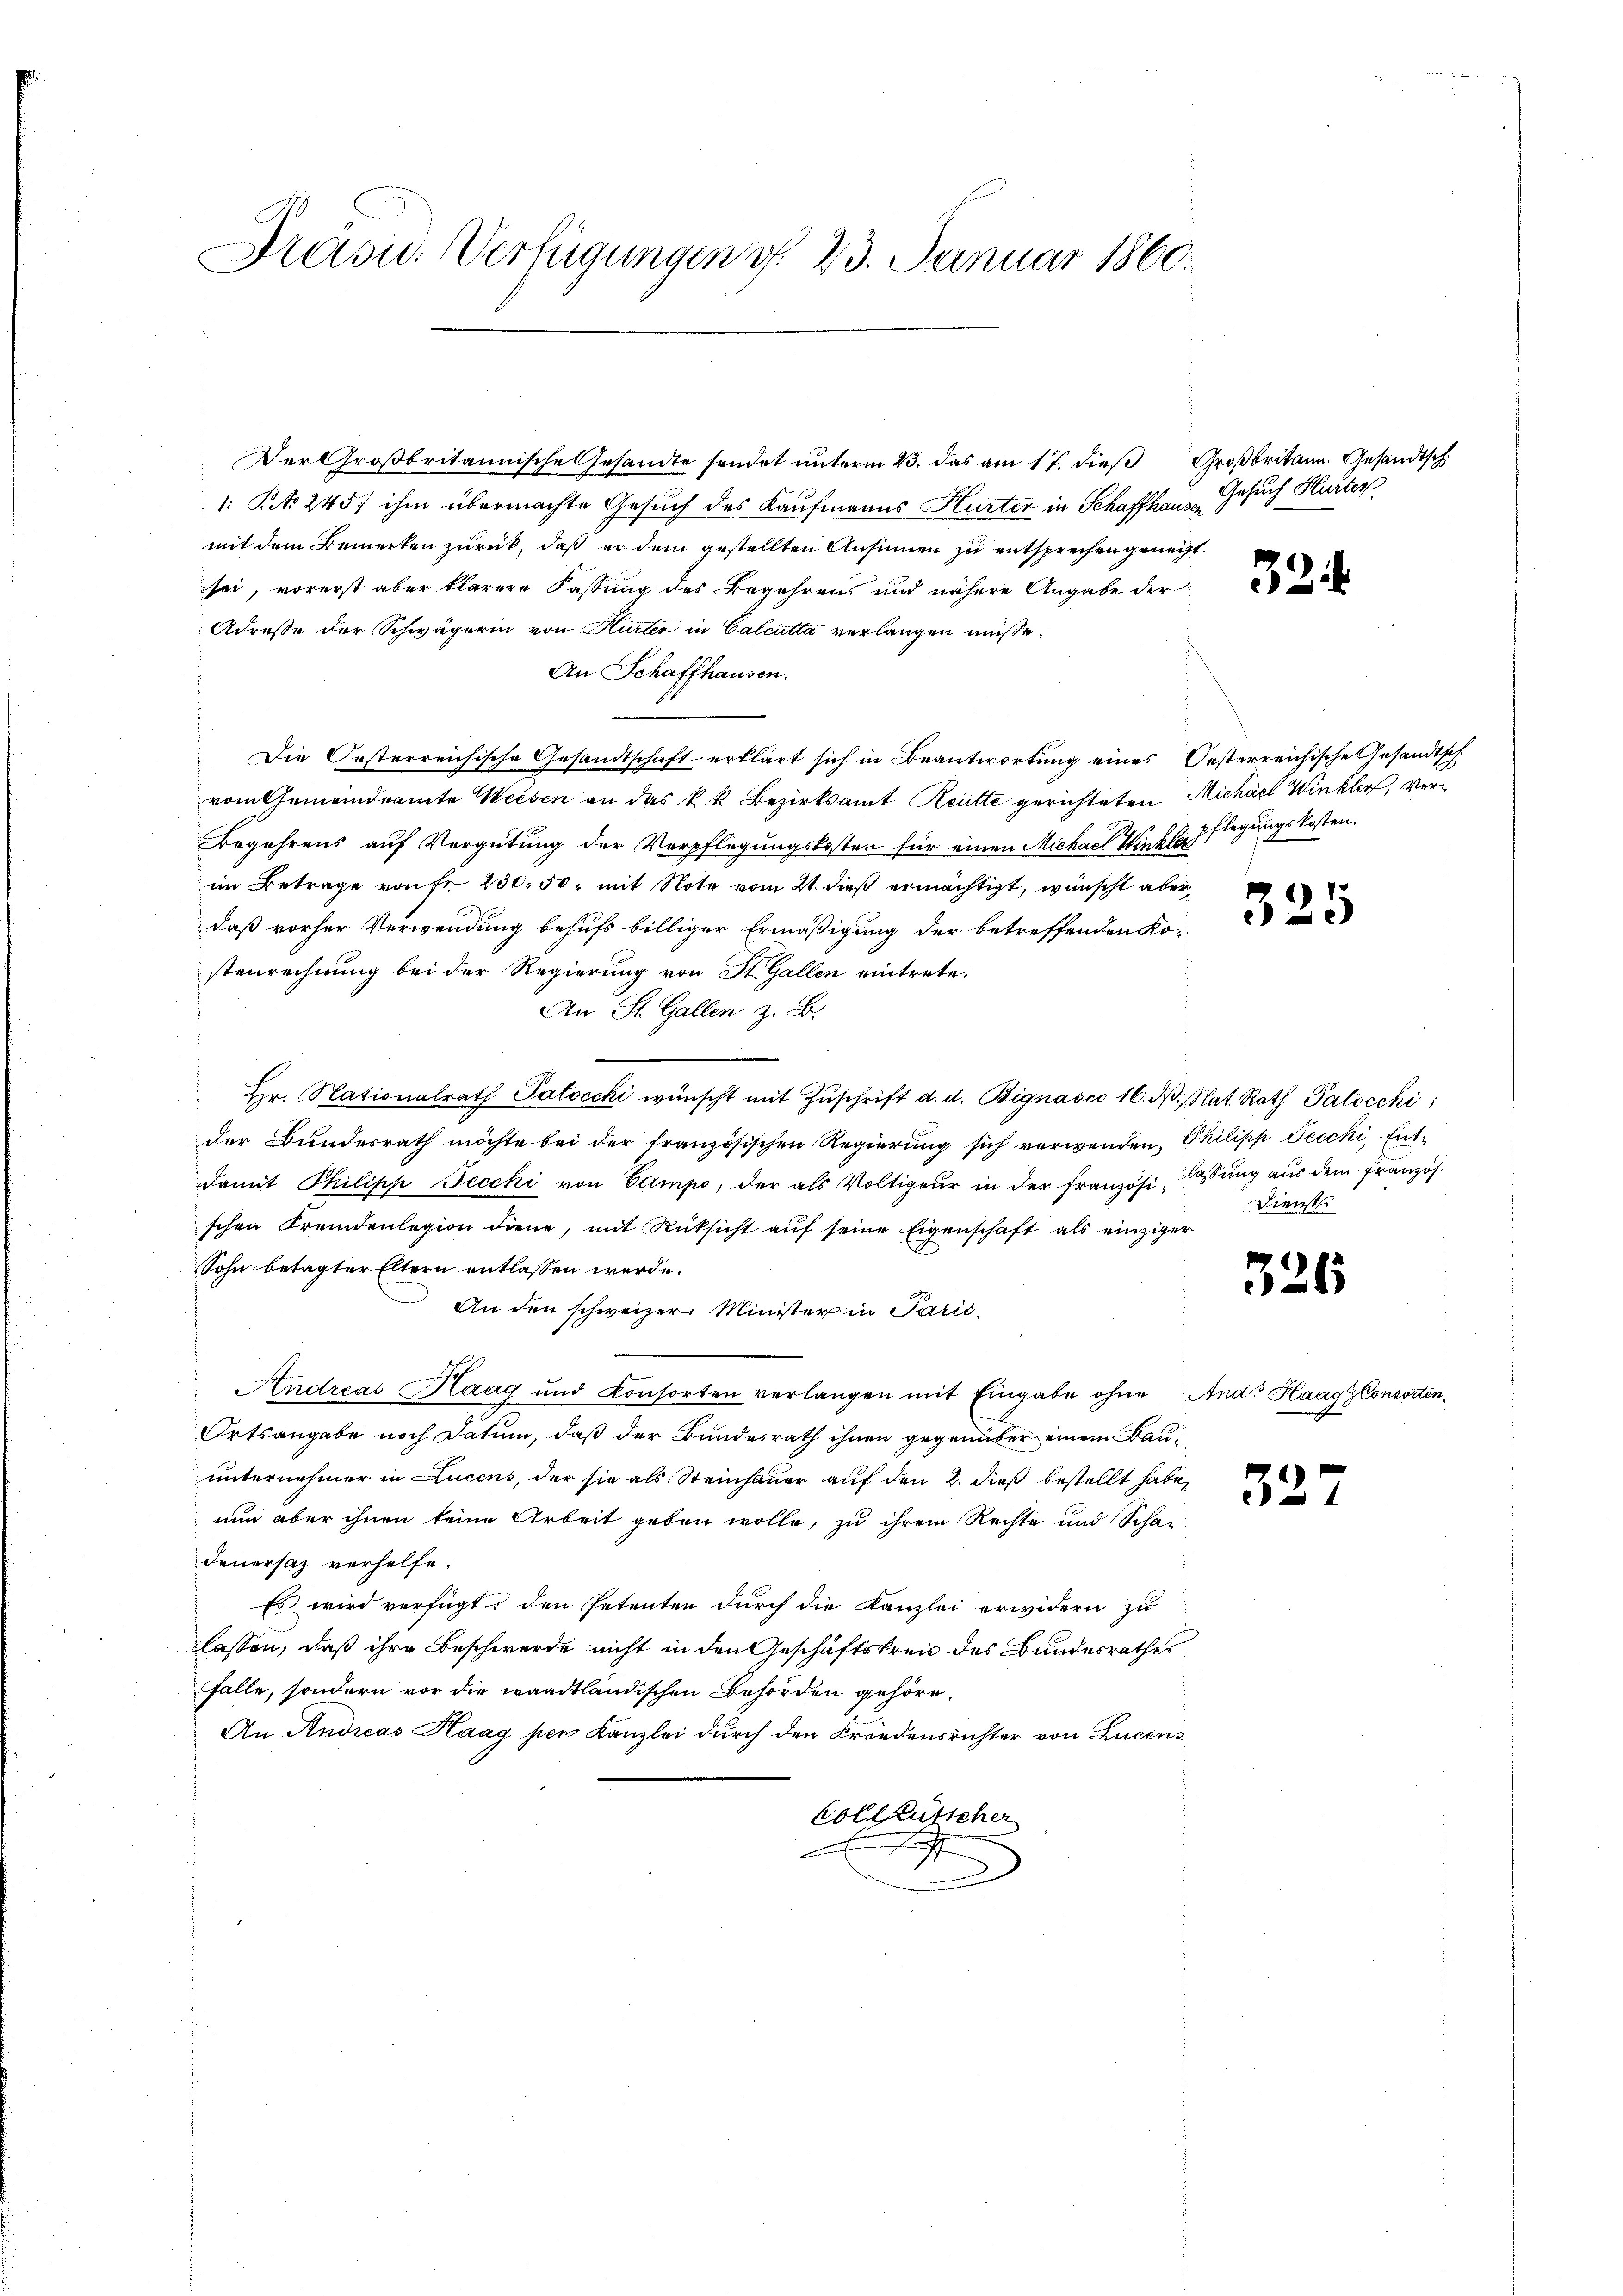
Präsid. Verfügungen v. 23. Januar 1860.

Der Großbritannische Gesandte sendet unterm 23. das am 17. dieβ Großbritann. Gesandtsch
1: No 245. ihm übermachte Gesuch des Kaufmanns Hurter in Schaffhaus Gesuch Hurter
mit dem Bemerken zurück, daß er dem gestellten Ansinnen zu entsprechen geneigt
sei, vorerst aber klarere Fassung des Begehrens und nähere Angabe der
Adresse der Schwägerin von Kurter in Calcutta verlangen müsse.
An Schaffhausen.
Die Oesterreichische Gesandtschaft erklärt sich in Beantwortung eines Oesterreichische Gesandtsch
vom Gemeindeamte Weisen an das kk. Bezirksamt Reitte gerichteten Michael Winkler, ver¬
Begehrens auf Vergütung der Verpflegungskosten für einen Michael Winkenpflegungskosten.
im Betrage von fr. 230.50 mit Note vom 21. dieß ermächtigt, wünscht aberdaß vorher Verwendung behufs billiger Ermäßigung der betreffenden Kostenrechnung bei der Regierung von St. Gallen eintrete.
An St. Gallen z. B.
 hr. Nationalrath Patocchi wünscht mit Zŭschrift d. d. Bignasco 16. dβ. Nat. Rath Patocchi,
der Bundesrath möchte bei der französischen Regierŭng sich verwenden, Philipp Tecchi, Entdamit Philipp Jecchi von Campo, der als Voltigeur in der französi-Laßung aus dem französ.
schen Fremdenlegion diene, mit Rücksicht aŭf seine Eigenschaft als einziger
Sohn betagter Eltern entlassen werde.
An den schweizer Minister in Parić
Andreas Haag und Konsorten verlangen mit Eingabe ohne And. Haag Consorten¬
Ortsangabe noch Datum, daß der Bundesrath ihnen gegenüber einem Bauunternehmer in Lucens, der sie als Steinhauer auf den 2. dieß bestellt habe,
nun aber ihnen keine Arbeit geben wolle, zu ihrem Rechte und Schan
Feuersaz verhelfe.
Es wird verfügt, den Petenten durch die Kanzlei erwidern zu
lassen, daß ihre Beschwerde nicht in den Geschäftskreis des Bundesrathes
Falle, sondern vor die waadtländischen Behörden gehöre.
Au. Andreas Haag per Kanzlei durch den Friedensrichter von Lucens
Colle Kutscher
e

32

325

Dienst.

326

327